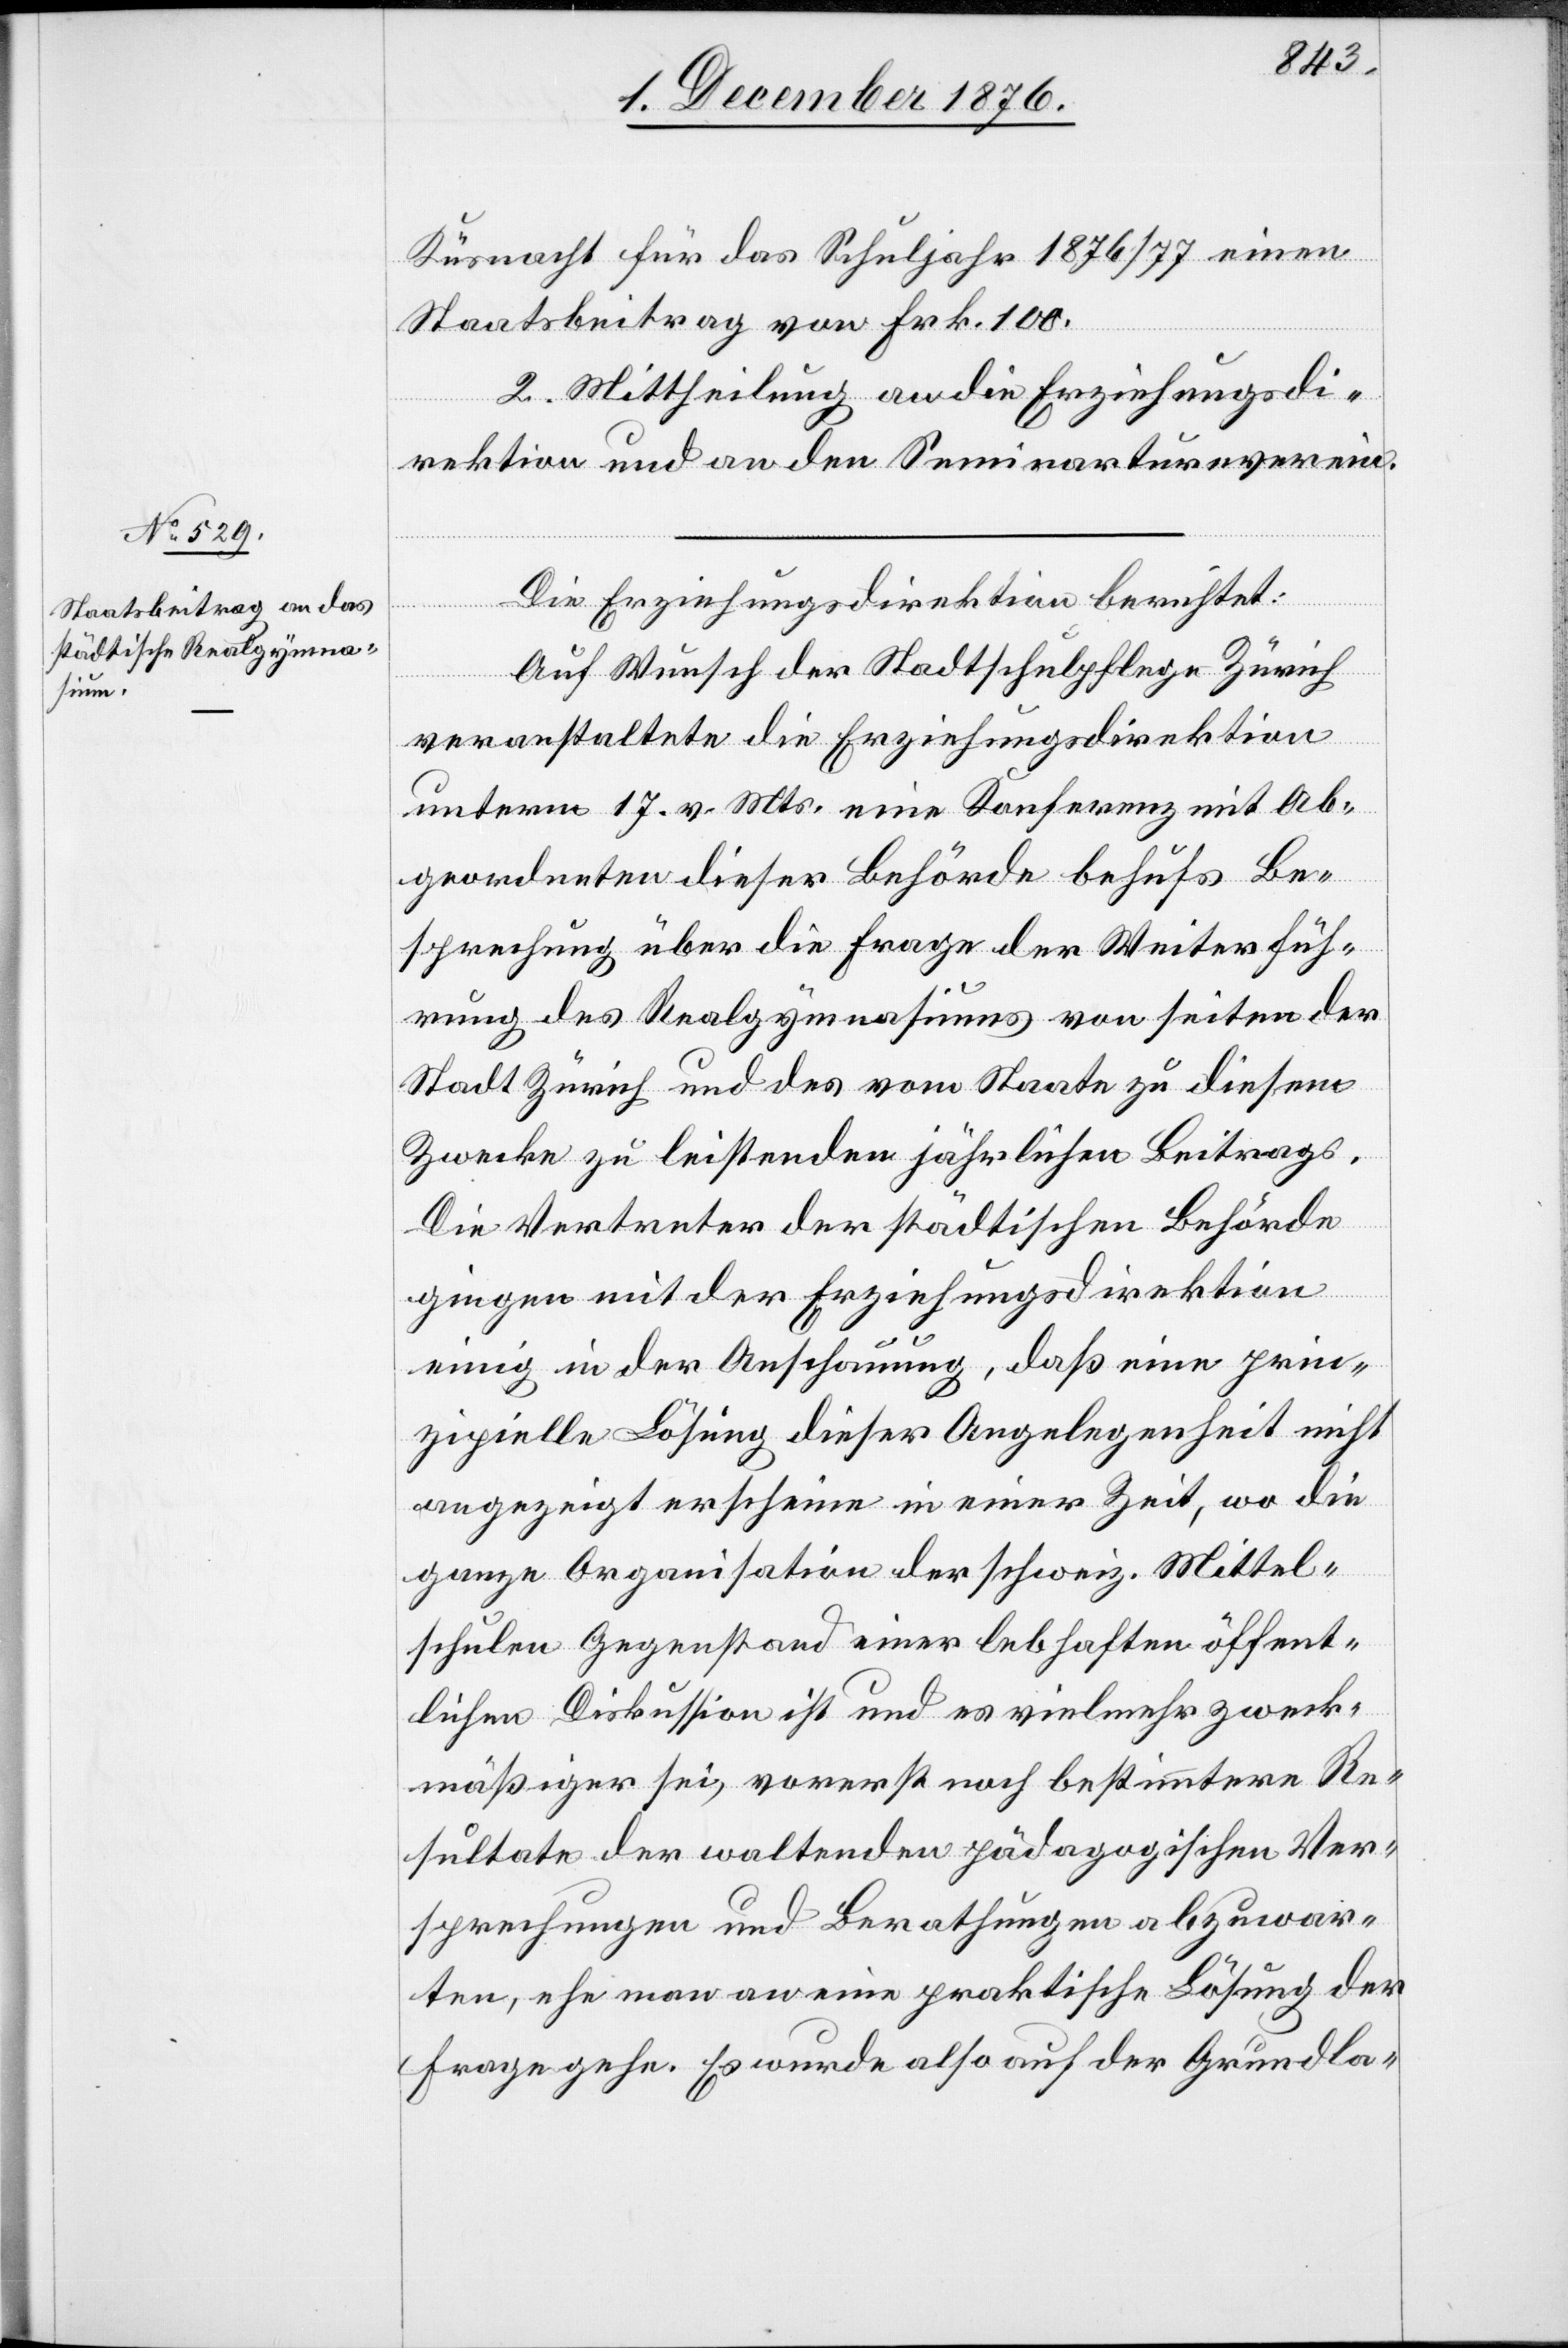
Küsnacht für das Schuljahr 1876/77 einen
Staatsbeitrag von Frk. 100.
2. Mittheilung an die Erziehungsdi¬
rektion und an den Seminarturnverein.
Die Erziehungsdirektion berichtet:
Auf Wunsch der Stadtschulpflege Zürich
veranstaltete die Erziehungsdirektion
unterm 17. vor. Mts. eine Konferenz mit Ab¬
geordneten dieser Behörde behufs Be¬
sprechung über die Frage der Weiterfüh¬
rung des Realgymnasiums von seiten der
Stadt Zürich und des vom Staate zu diesem
Zwecke zu leistenden jährlichen Beitrags.
Die Vertreter der städtischen Behörde
gingen mit der Erziehungsdirektion
einig in der Anschauung, daß eine prin¬
zipielle Lösung dieser Angelegenheit nicht
angezeigt erscheine in einer Zeit, wo die
ganze Organisation der schweiz. Mittel¬
schulen Gegenstand einer lebhaften öffent¬
lichen Diskussion ist und es vielmehr zweck¬
mäßiger sei, vorerst noch bestimmtere Re¬
sultate der waltenden pädagogischen Ver¬
sprechungen und Berathungen abzuwar¬
ten, ehe man an eine praktische Lösung der
Frage gehe. Es wurde also auf der Grundla-